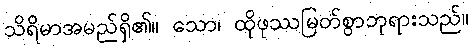
သိရိမာအမည်ရှိ၏။ သော၊ ထိုဖုဿမြတ်စွာဘုရားသည်။